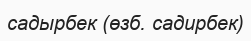
садырбек (өзб. садирбек)